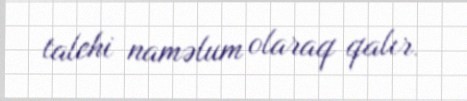
talehi naməlum olaraq qalır.